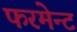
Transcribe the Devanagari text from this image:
फरमेन्ट